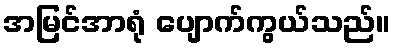
အမြင်အာရုံ ပျောက်ကွယ်သည်။